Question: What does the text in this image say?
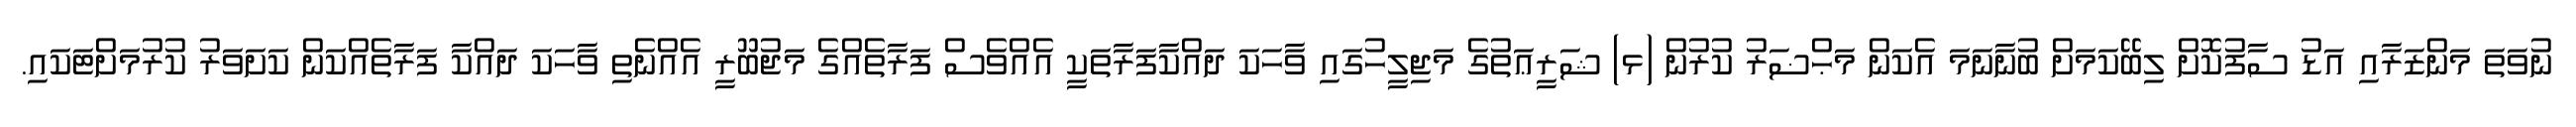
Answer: ނުވަތަ މަންޒަރާއި އަޑު ސާފުކޮށް ލިބޭކަމަށް ބުނާނަމަ އެކަން މަޙްޟަރު ކުރުން (ޅ) ޝަރީޢަތުގެ މަޖިލީހުގައި ވާހަކަ ދައްކާފަރާތަކީ އެއްވެސް ފަރާތެއްގެ މަޖުބޫރީ އެއްނެތި ވާހަކަ ދައްކާ ފަރާތެއްކަން ކަށަވަރު ކުރުމަށްޓަކައި.